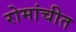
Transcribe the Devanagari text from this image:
रोमांचीत